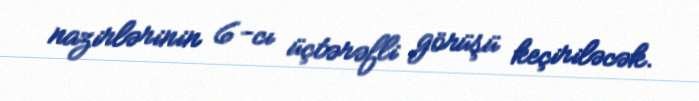
nazirlərinin 6-cı üçtərəfli görüşü keçiriləcək.